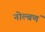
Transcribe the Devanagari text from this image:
नोल्बणं